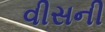
વીસની